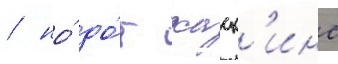
/ но́ до́н хаск'инс